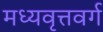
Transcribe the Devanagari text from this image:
मध्यवृत्तवर्ग